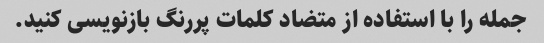
جمله را با استفاده از متضاد کلمات پررنگ بازنویسی کنید.